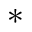
^ { * }